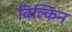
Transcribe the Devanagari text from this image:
विल्किन